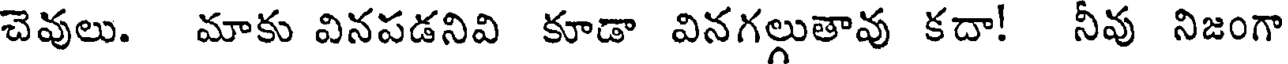
చెవులు. మాకు వినపడనివి కూడా వినగల్లుతావు కదా! నీవు నిజంగా